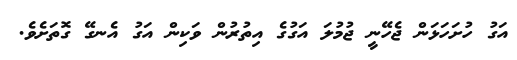
އަގު ހުށަހަޅަން ޖެހޭނީ ޖުމުލަ އަގުގެ އިތުރުން ވަކިން އަގު އެނގޭ ގޮތަށެވެ.